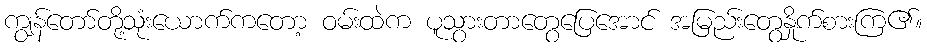
ကျွန်တော်တို့သုံးယောက်ကတော့ ဝမ်းထဲက ပူသွားတာတွေပြေအောင် အမြည်းတွေနှိုက်စားကြ၏။